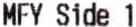
MFY SIDE 1